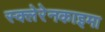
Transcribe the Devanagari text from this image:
स्क्लेरेनकाइमा